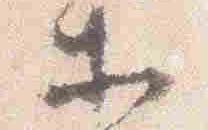
等